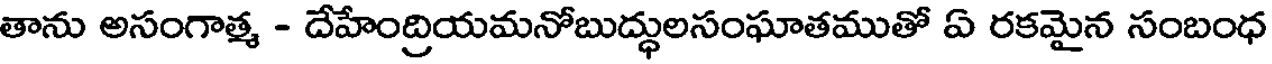
తాను అసంగాత్మ - దేహేంద్రియమనోబుద్ధులసంఘాతముతో ఏ రకమైన సంబంధ